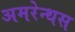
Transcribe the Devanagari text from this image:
अमरेन्थस